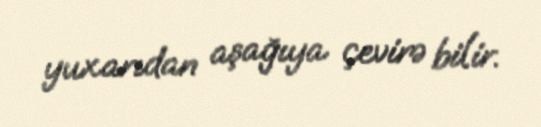
yuxarıdan aşağıya çevirə bilir.